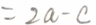
= 2 a - c